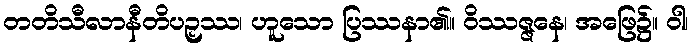
တတိသီလာနီတိပဉှဿ၊ ဟူသော ပြဿနာ၏။ ဝိဿဇ္ဇနေ၊ အဖြေ၌။ ဝါ၊